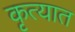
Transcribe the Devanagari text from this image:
कृत्यात